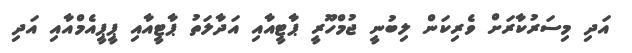
އަދި މިސަރުކާރަށް ވެރިކަން ލިބުނީ ޖުމްހޫރީ ޕާޓީއާއި އަދާލަތު ޕާޓީއާއި ޕީޕީއެމްއާއި އަދި